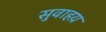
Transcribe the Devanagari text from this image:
सुवाहय़